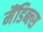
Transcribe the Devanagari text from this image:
मैंडिब्ल्स